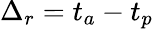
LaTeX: \Delta_{r}=t_{a}-t_{p}